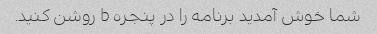
شما خوش آمدید برنامه را در پنجره b روشن کنید.